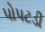
પોપટડી